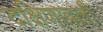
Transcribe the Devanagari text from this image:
दक्षिणावली